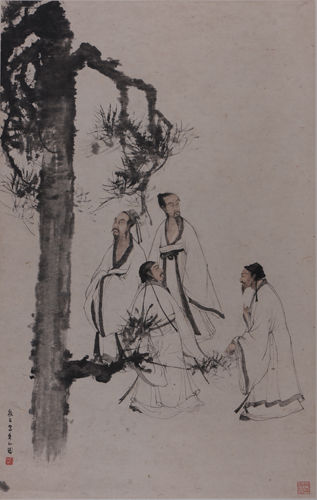
山阴道士如相见，应写黄庭换白鹅。